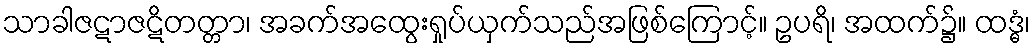
သာခါဇဋာဇဋိတတ္တာ၊ အခက်အထွေးရှုပ်ယှက်သည်အဖြစ်ကြောင့်။ ဥပရိ၊ အထက်၌။ ထဒ္ဓံ၊